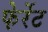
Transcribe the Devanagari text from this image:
फेर्रेट